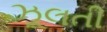
ઝૂલતી